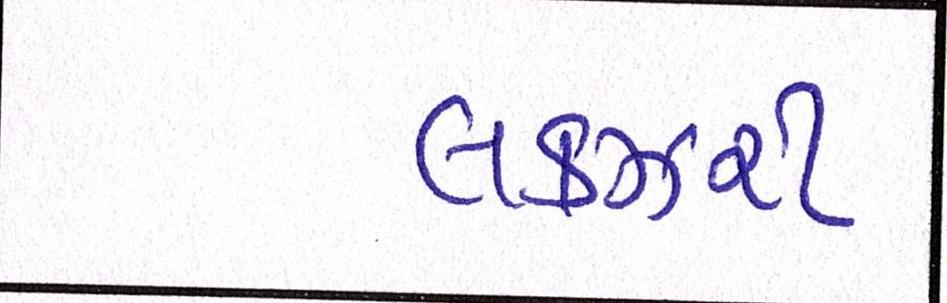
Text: લકઝરી